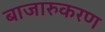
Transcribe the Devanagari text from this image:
बाजारुकरण